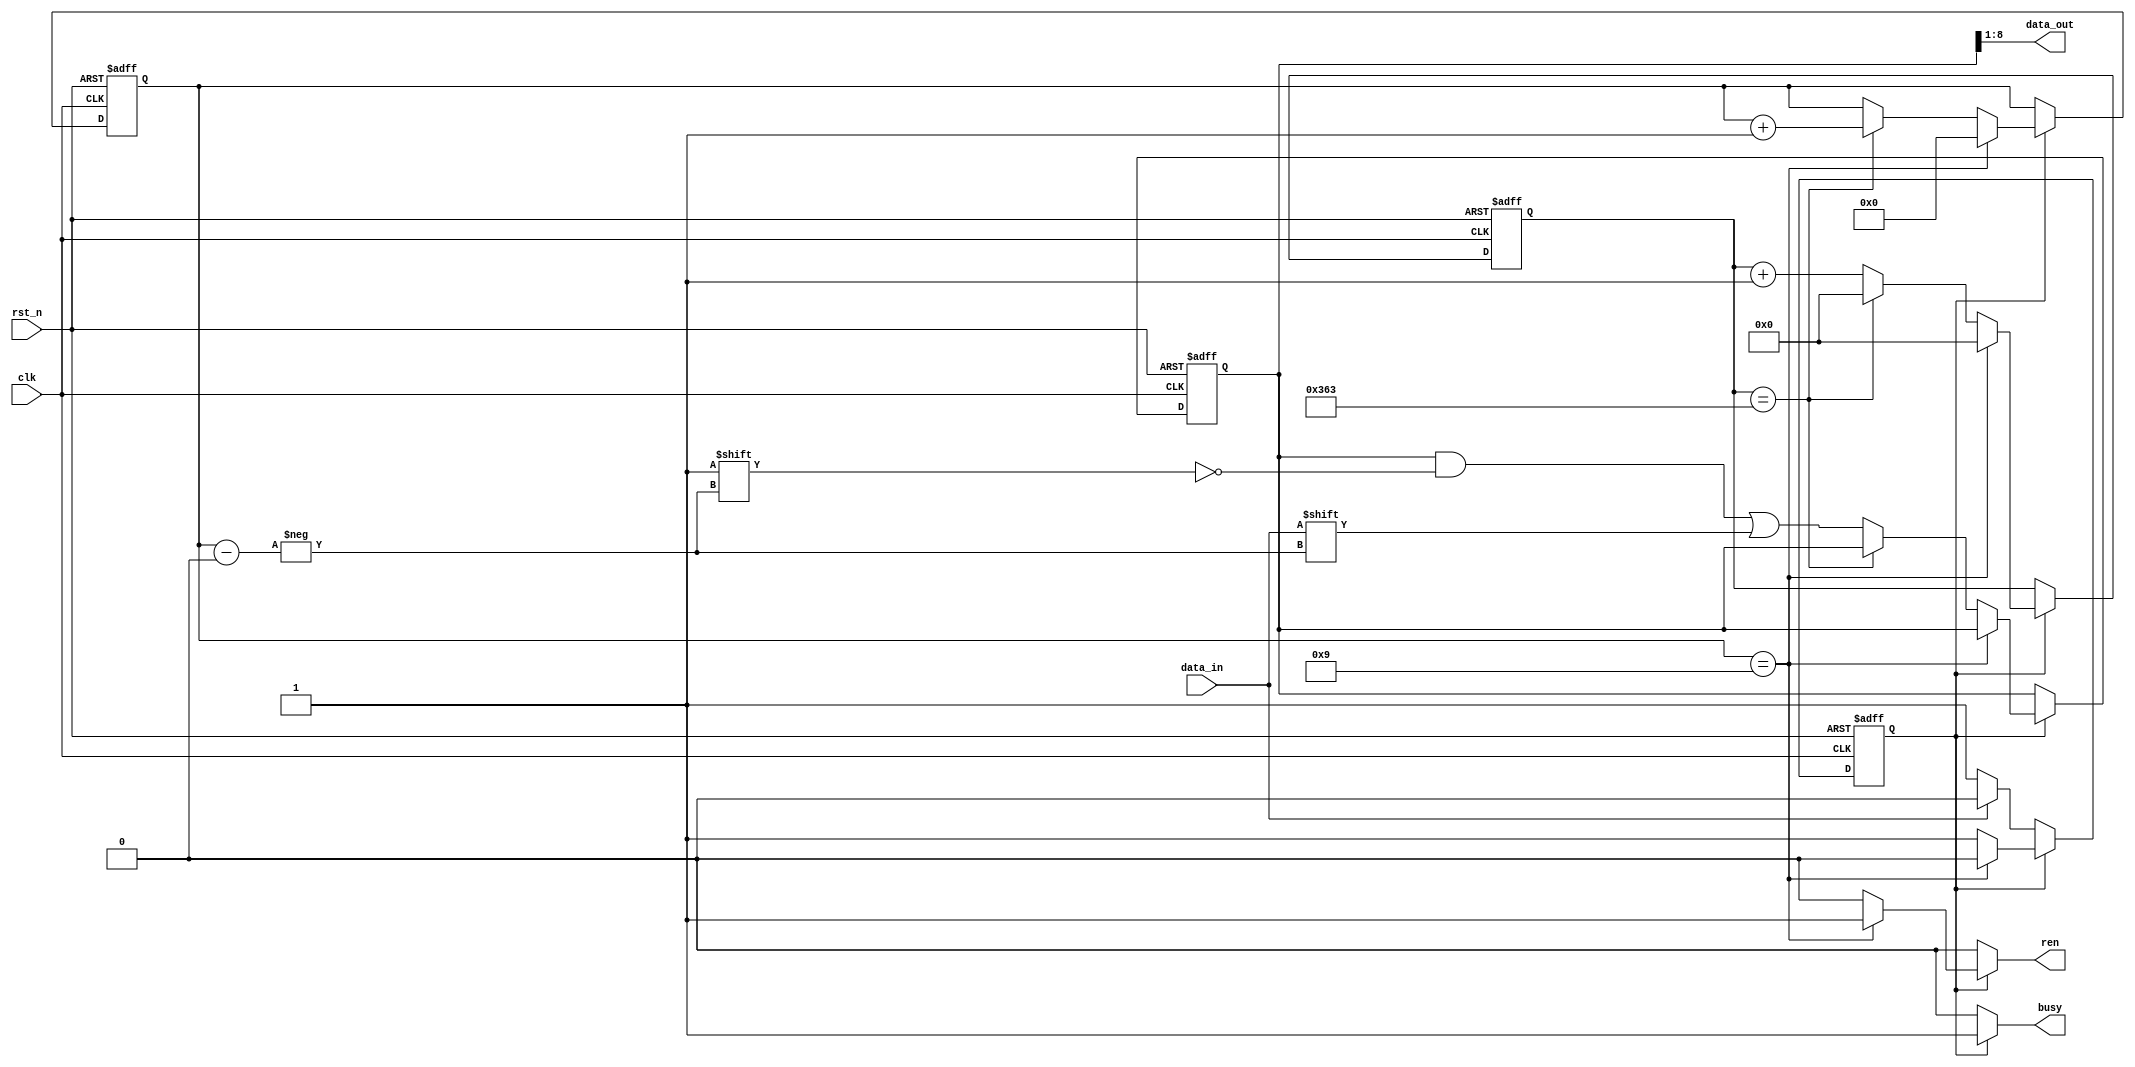
module receiver (
  input wire clk,
  input wire rst_n,
  input wire data_in,
  output wire [7:0] data_out,
  output reg ren,
  output reg busy
);

  parameter WAIT_DIV = 868;  // 100 MHz / 115.2 kbs
  localparam WAIT_LEN = 10;  // 2^10 = 1024 > 868

  localparam STATE_IDLE = 1'b0;
  localparam STATE_RECV = 1'b1;

  reg state, n_state;
  reg [9:0] data_reg, n_data_reg;
  reg [WAIT_LEN-1:0] wait_cnt, n_wait_cnt;
  reg [3:0] bit_cnt, n_bit_cnt;

  assign data_out = data_reg[8:1];

  always @(*) begin
    busy = 1'b0;
    ren = 1'b0;
    n_state = state;
    n_wait_cnt = wait_cnt;
    n_bit_cnt = bit_cnt;
    n_data_reg = data_reg;
    if (state == STATE_IDLE) begin
      if (!data_in)
        n_state = STATE_RECV;
    end
    else if (state == STATE_RECV) begin
      busy = 1'b1;
      if (bit_cnt == 4'd9) begin
        ren = 1'b1;
        n_state = STATE_IDLE;
        n_wait_cnt = 0;
        n_bit_cnt = 4'd0;
      end
      else if (wait_cnt == WAIT_DIV - 1) begin
        n_wait_cnt = 0;
        n_bit_cnt = n_bit_cnt + 1'b1;
      end
      else begin
        n_wait_cnt = wait_cnt + 1'b1;
        n_data_reg[bit_cnt] = data_in;
      end      
    end
  end

  always @(posedge clk, negedge rst_n) begin
    if (!rst_n) begin
      state <= STATE_IDLE;
      wait_cnt <= 0;
      bit_cnt <= 4'b0;
      data_reg <= 10'h0;
    end
    else begin
      state <= n_state;
      wait_cnt <= n_wait_cnt;
      bit_cnt <= n_bit_cnt;
      data_reg <= n_data_reg;
    end
  end
  
endmodule